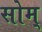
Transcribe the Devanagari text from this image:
सोम्